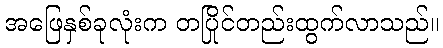
အဖြေနှစ်ခုလုံးက တပြိုင်တည်းထွက်လာသည်။